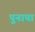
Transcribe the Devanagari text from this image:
पुनापा